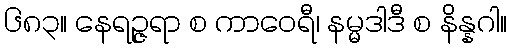
၆၈၃။ နေရဉ္ဇရာ စ ကာဝေရီ၊ နမ္မဒါဒီ စ နိန္နဂါ။